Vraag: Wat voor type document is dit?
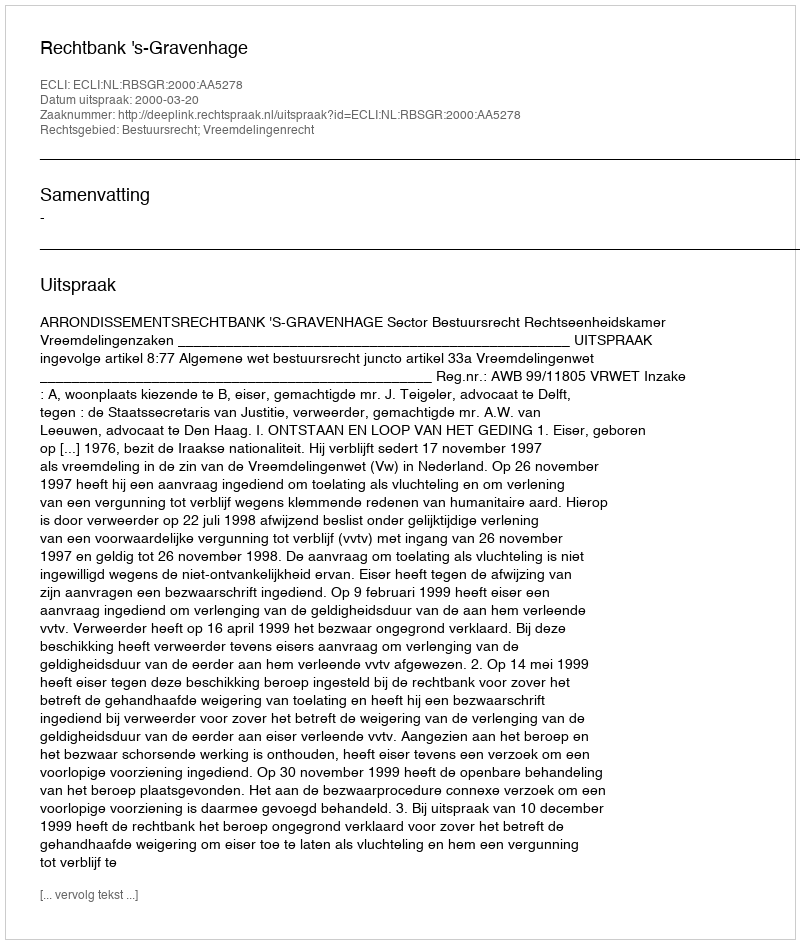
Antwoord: Uitspraak